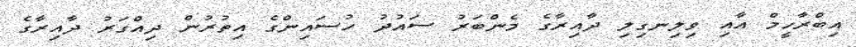
އިބްރާހީމް އާއި ވިލިނގިލި ދާއިރާގެ މެންބަރު ސައުދު ހުސައިންގެ އިތުރުން ދިއްގަރު ދާއިރާގެ